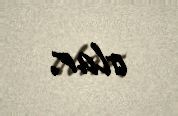
olar.